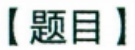
【题目】